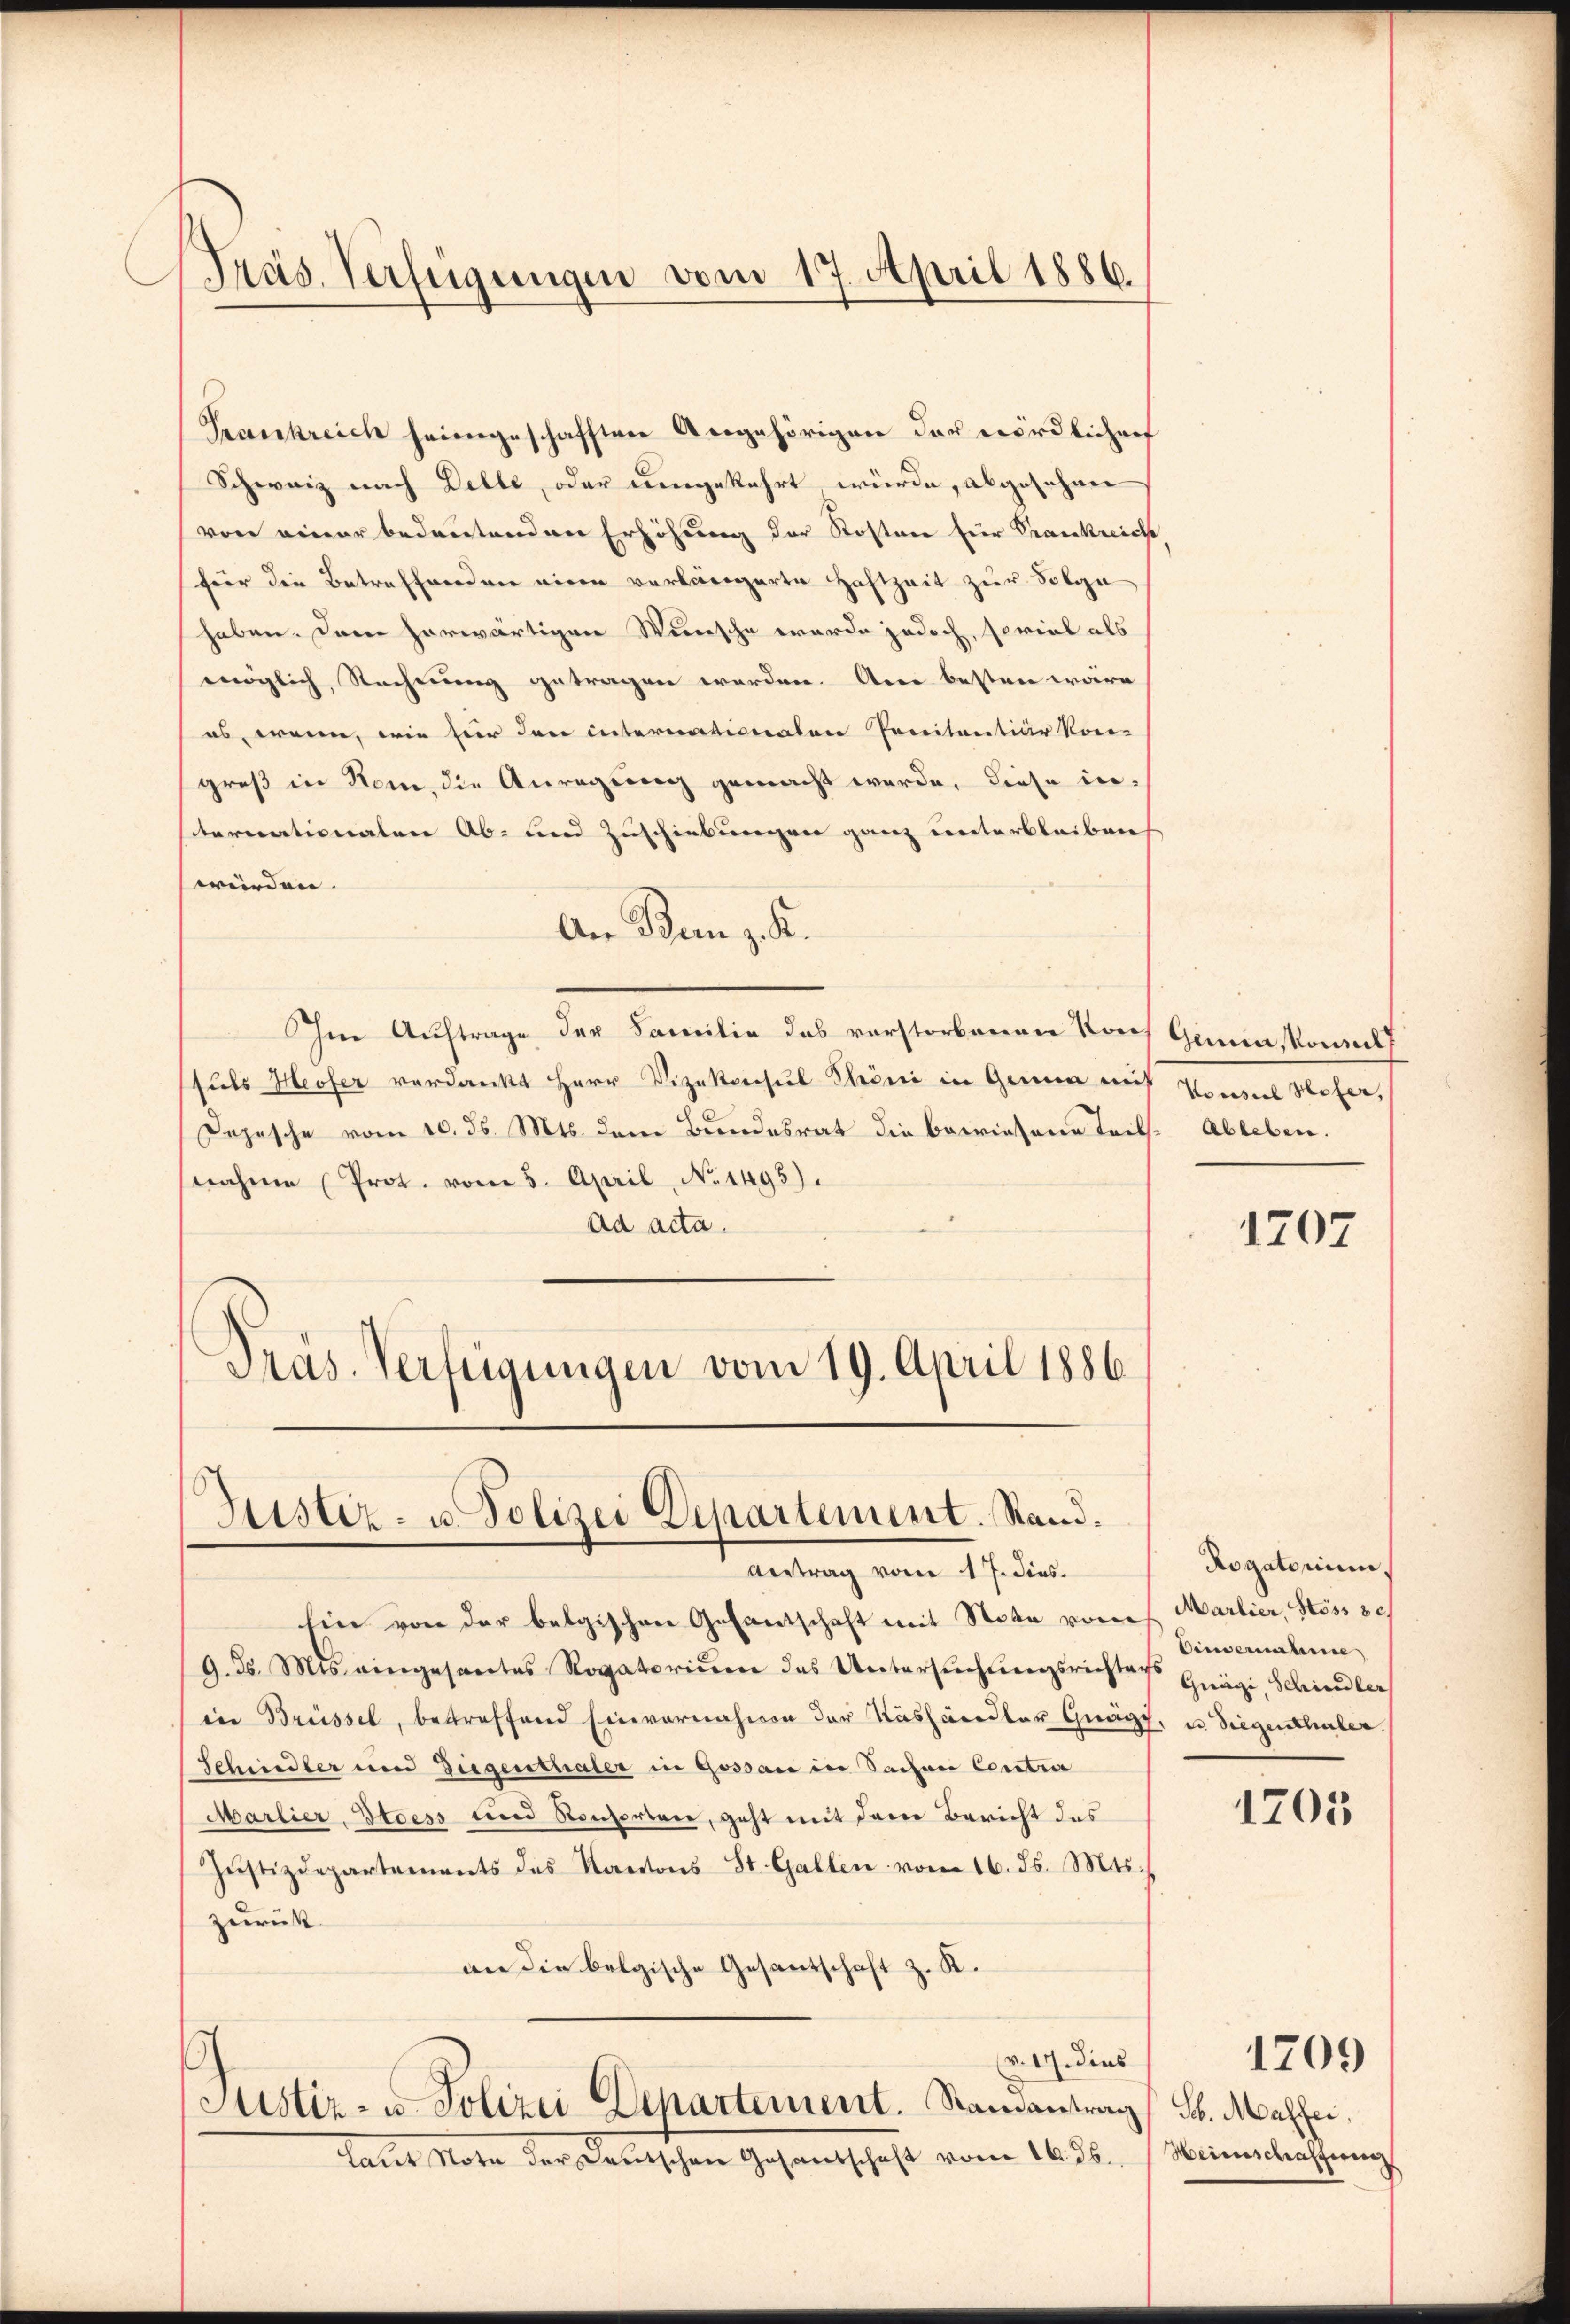
Präs. Verfügungen vom 17. April 1886.

Trankreich heimgeschafften Angehörigen der nördlicher
Schweiz nach Delle, oder umgekehrt würde, abgesehene
von einer bedeutenden Erhöhung der Kosten für Trankreiche,
für die Betreffenden einen verlängerte Haftzeit zur Solge
haben. Dem herwärtigen Wünsche werde jedoch, soviel als
möglich, Rechnung getragen werden. An besten wäre
es, wenn, wie hier den internationalen Panitantiar von
greß in Rom, die Anregung gemacht werde, diese in-
sternationaten Ab- und Zuschiebungen ganz unterbleiben
würden.
An Ban z. K.
Im Auftrage der Familie das vorstorbenen Koch Genia, Konzelt
suls Hofer verdankt Herr Vizekonsul Throni in Genua mit Konzes Hofer,
Depesche vom 10. ds. Mts. dem Bundesrat die bewiesene Teils. Ableben.
snahme (Prot. vom 5. April, No. 1495).
ad acta.
Pras-Verfügungen vom 19. April 1886

Justiz- u. Polizei Departement. Stand.
Vertrag vom 17. dies

hin von der belgischen Gesantschaft mit Note vom h. Martier, Söss 8
9. d. Mts. eingesantes Rogatorium das Untersŭchtŭngsrichten Gnägi, Schindler
in Brüssel, betreffend Einvernahmen der Käshändler Gnägt, u. Siegenthaler.
Schindler und Ziegenthaler in Gossau in Sachen Contra
Marlier, Stoess und Konsorten, geht mit dem Bericht des
Jŭstizdepartements des Kantons St. Gallen vom 16. ds. Mts.
zurück
an die belgische Gesantschaft z. K.
v. M. dies
s
Justiz- u. Polizei Departement. Stanantrag, S. Malfer.
Laut Note der Deutschen Gesandschaft vom 16. ds. Heimschaffung

1707

Rogatorium.
Einvernahme

1705

1709